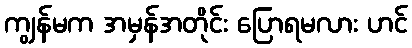
ကျွန်မက အမှန်အတိုင်း ပြောရမလား ဟင်